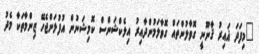
"މިފަދަ ޣައިރު ޤާނޫނީ ގޮވާލުންތައް ގޮވާލަމުންދާއިރު އިލެކްޝަންސް ކޮމިޝަނުން އުފުލަންޖެހޭ ޒިންމާތަކާ މެދު